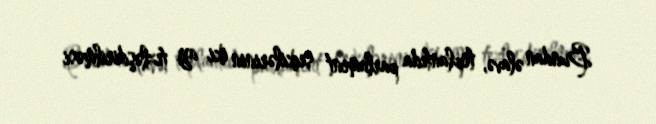
Bundan əlavə, toplantıda parlament seçkilərinin iki ay tezləşdirilməsi